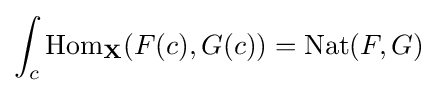
\int _{c}\mathrm {Hom} _{\mathbf {X} }(F(c),G(c))=\mathrm {Nat} (F,G)